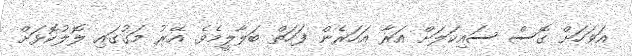
އަވަހަށް ގޮސް ސައިކަލަށް އަރާ އަހަރެން ފަހަތް ބަލާލީމެވެ. އޭރު މަގުގައި ލޮލުކޮޅަށް